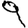
Digit: 9